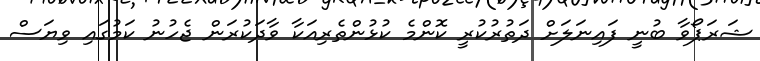
ޝަރަޕޯވާ ބުނީ ފައިނަލަށް ދަތުރުކުރީ ކޮންމެ ކުޅުންތެރިއަކާ ވާދަކުރަން ޖެހުނު ކަމުގައި ވިޔަސް